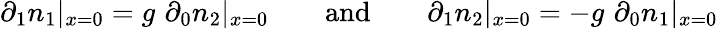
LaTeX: \partial_{1}n_{1}|_{x=0}=g\, \, \partial_{0}n_{2}|_{x=0}\qquad\mathrm{{and}}\qquad\partial_{1}n_{2}|_{x=0}=-g\, \, \partial_{0}n_{1}|_{x=0}